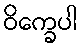
ဝိက္ခေပါ